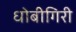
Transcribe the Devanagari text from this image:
धोबीगिरी